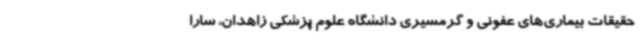
حقیقات بیماری‌های عفونی و گرمسیری دانشگاه علوم پزشکی زاهدان، سارا